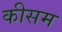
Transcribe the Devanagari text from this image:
कीसम